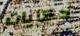
حكايات